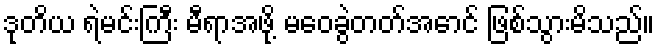
ဒုတိယ ရဲမင်းကြီး မီရာအဖို့ မဝေခွဲတတ်အောင် ဖြစ်သွားမိသည်။